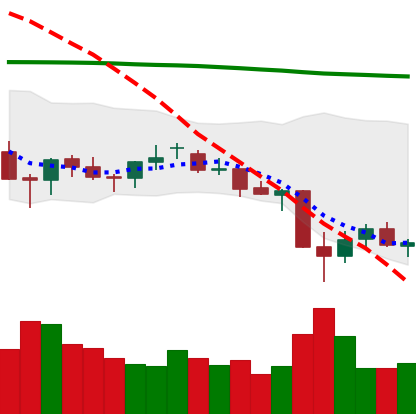
Ticker: LTC-USD
Chart end date: 2021-06-26
Forward return: 8.622%
Label: up_7plus